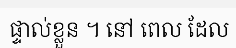
ផ្ទាល់ខ្លួន ។ នៅ ពេល ដែល